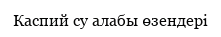
Каспий су алабы өзендері